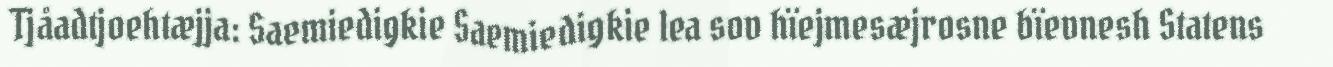
Tjåadtjoehtæjja: Saemiedigkie Saemiedigkie lea sov hïejmesæjrosne bïevnesh Statens